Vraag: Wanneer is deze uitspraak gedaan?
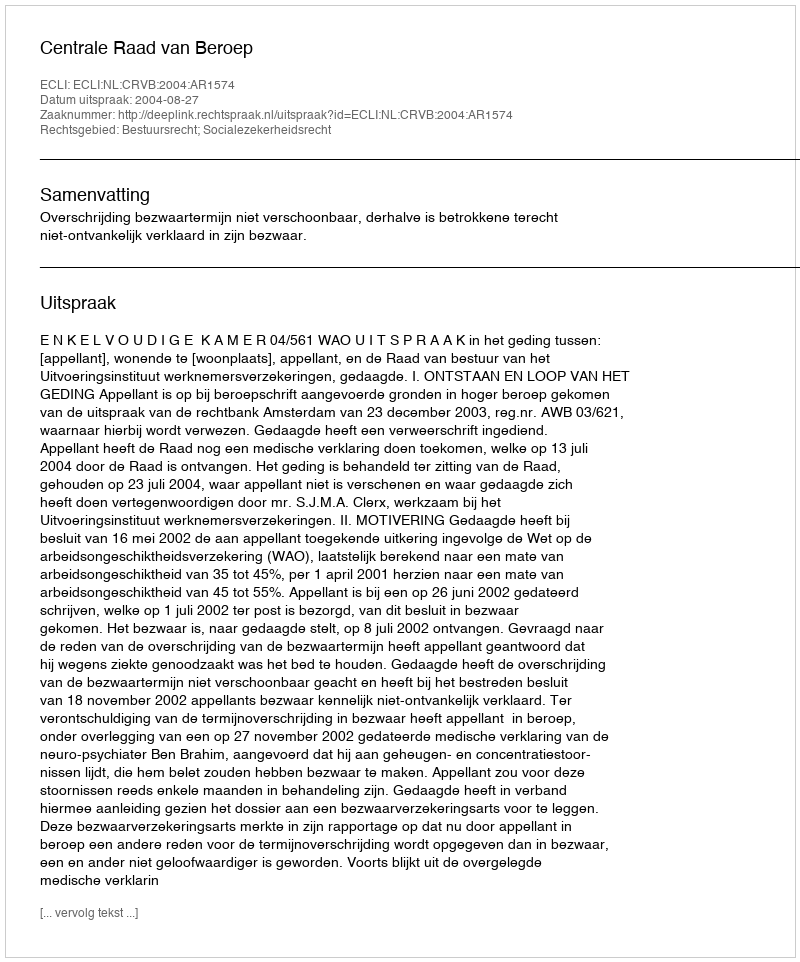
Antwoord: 2004-08-27